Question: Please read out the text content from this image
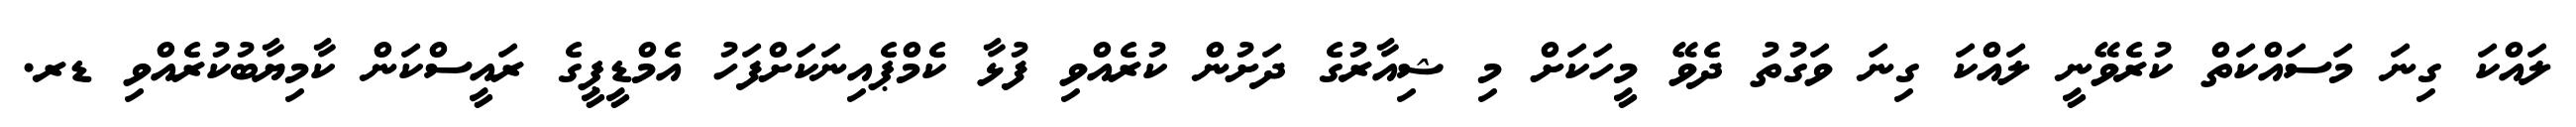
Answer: ލައްކަ ގިނަ މަސައްކަތް ކުރެވޭނީ ލައްކަ ގިނަ ވަގުތު ދެވޭ މީހަކަށް މި ޝިއާރުގެ ދަށުން ކުރެއްވި ފުޅާ ކެމްޕެއިނަކަށްފަހު އެމްޑީޕީގެ ރައީސްކަން ކާމިޔާބުކުރެއްވި ޑރ.